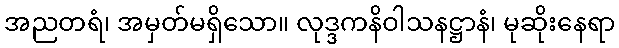
အညတရံ၊ အမှတ်မရှိသော။ လုဒ္ဒကနိဝါသနဋ္ဌာနံ၊ မုဆိုးနေရာ